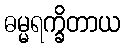
ဓမ္မရက္ခိတာယ